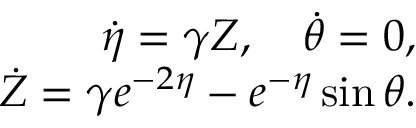
\begin{array} { r } { { \dot { \eta } } = \gamma Z , \quad { \dot { \theta } } = 0 , } \\ { { \dot { Z } } = \gamma e ^ { - 2 \eta } - e ^ { - \eta } \sin \theta . } \end{array}